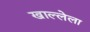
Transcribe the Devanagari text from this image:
खाल्लेला